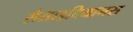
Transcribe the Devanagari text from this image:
सेसाइदियानस